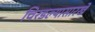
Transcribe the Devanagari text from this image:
चिरडल्यासारखे